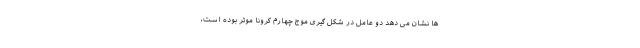
ها نشان می دهد دو عامل در شکل گیری موج چهارم کرونا موثر بوده است،